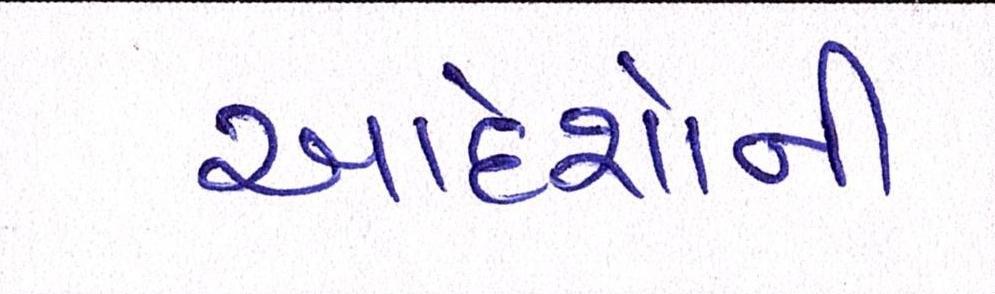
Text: આદેશોની